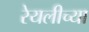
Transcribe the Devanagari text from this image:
रेयलीच्या